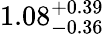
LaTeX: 1.08_{-0.36}^{+0.39}